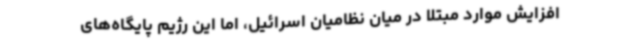
افزایش موارد مبتلا در میان نظامیان اسرائیل، اما این رژیم پایگاه‌های